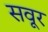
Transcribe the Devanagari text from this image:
सवूर